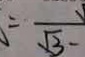
= \overrightarrow { \sqrt { 3 } }